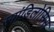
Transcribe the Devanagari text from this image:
स्पांडिलोसिस